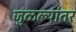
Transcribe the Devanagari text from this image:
जुळल्यांतर